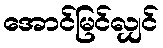
အောင်မြင်လျှင်